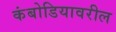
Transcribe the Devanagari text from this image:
कंबोडियावरील